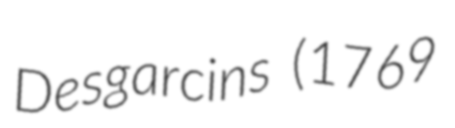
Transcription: Desgarcins (1769